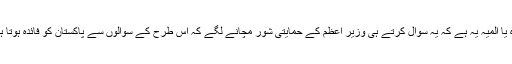
مزہ یا المیہ یہ ہے کہ یہ سوال کرتے ہی وزیر اعظم کے حمایتی شور مچانے لگے کہ اس طرح کے سوالوں سے پاکستان کو فائدہ ہوتا ہے۔